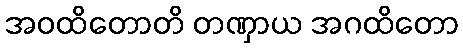
အဝထိတောတိ တဏှာယ အဂထိတော